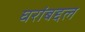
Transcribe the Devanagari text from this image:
घरांबद्दल